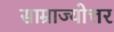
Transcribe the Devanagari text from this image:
साम्राज्योत्तर